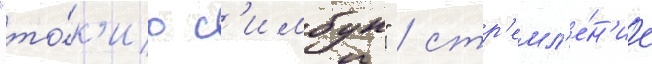
"то́к'ио с'имбун" / стр'емл'е́н'ие